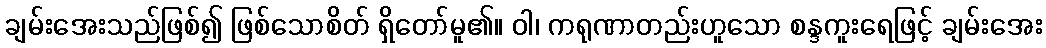
ချမ်းအေးသည်ဖြစ်၍ ဖြစ်သောစိတ် ရှိတော်မူ၏။ ဝါ၊ ကရုဏာတည်းဟူသော စန္ဒကူးရေဖြင့် ချမ်းအေး